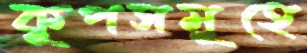
কূপসমূহে